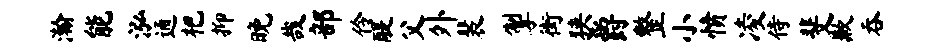
瀚能泓通杷抑晚哉部伶醍父外裴掣街狭爵整小愤凌侍斐歉吞